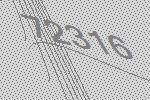
72316